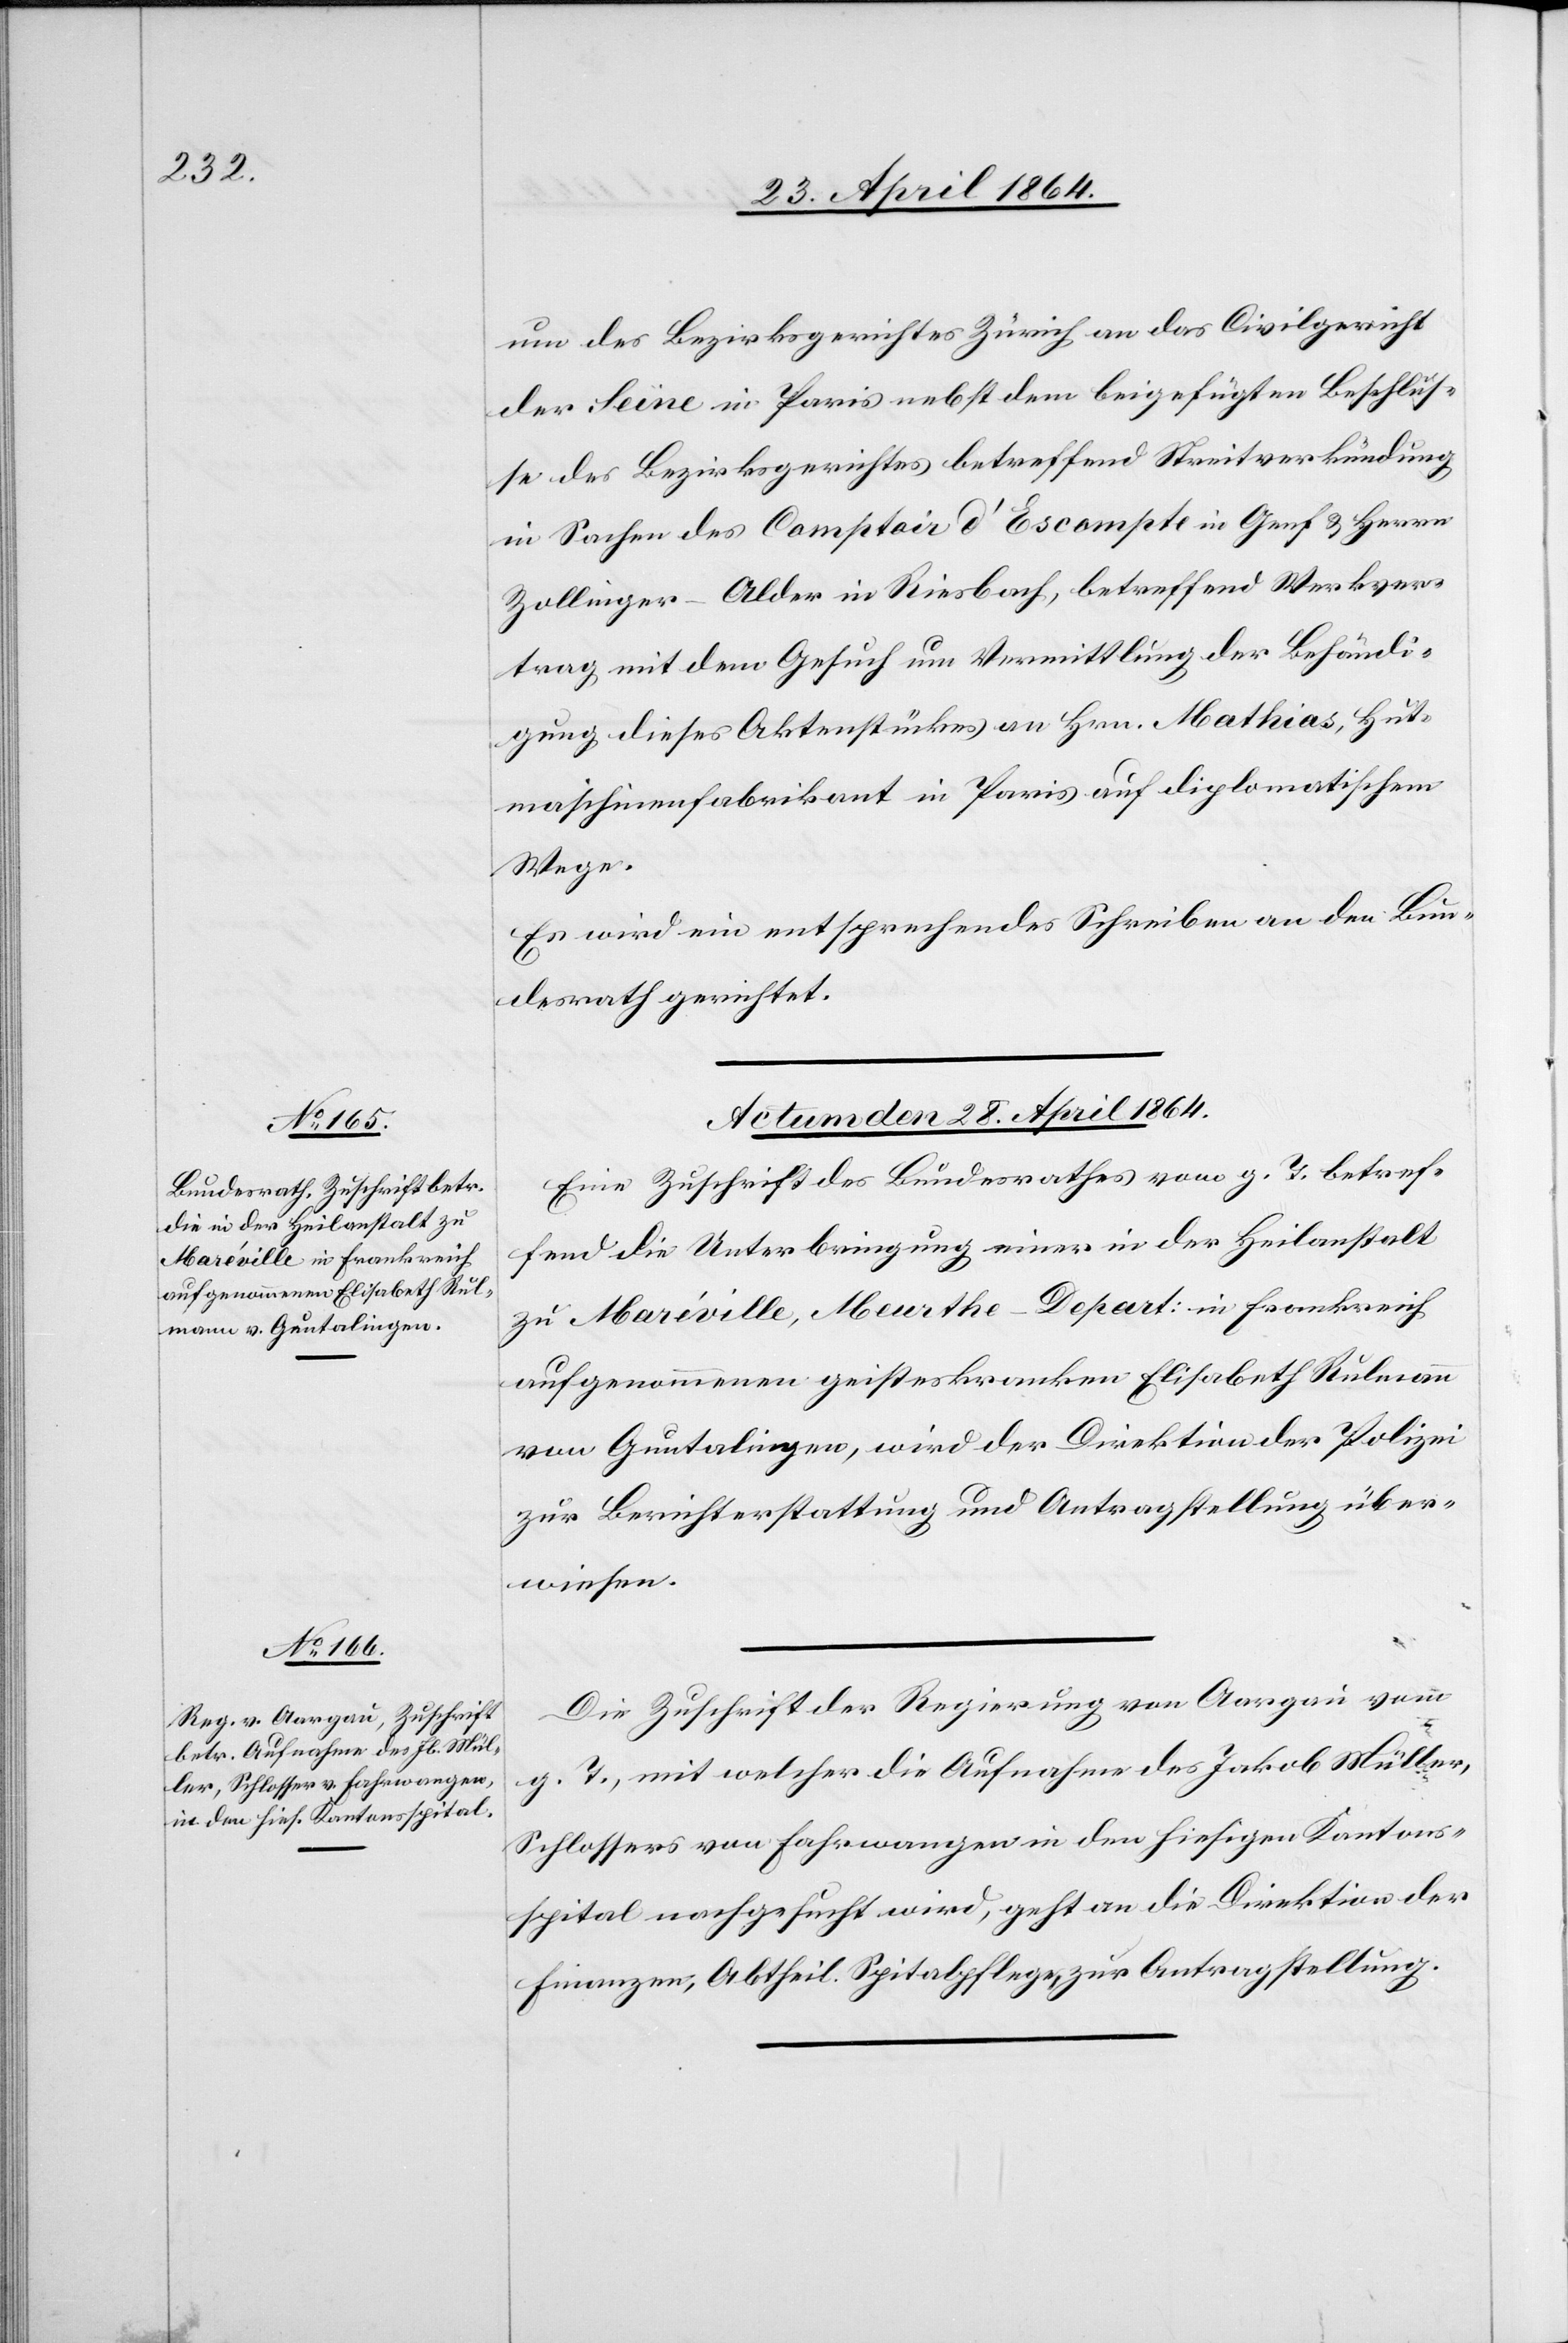
um des Bezirksgerichtes Zürich an das Civilgericht
der Seine in Paris nebst dem beigefügten Beschlus¬
se des Bezirksgerichtes betreffend Streitverkündung
in Sachen des Comptoir d’Escompte in Genf u. Herrn
Zollinger-Alder in Riesbach, betreffend Werkver¬
trag mit dem Gesuch um Vermittlung der Behändi¬
gung dieses Aktenstückes an Hrn. Mathias, Hut¬
maschinenfabrikant in Paris auf diplomatischem
Wege.
Es wird ein entsprechendes Schreiben an den Bun¬
desrath gerichtet.
Actum den 28. April 1864.]
Eine Zuschrift des Bundesrathes vom g. T. betref¬
fend die Unterbringung einer in der Heilanstalt
zu Maréville, Meurthe-Depart: in Frankreich
aufgenommenen geisteskranken Elisabeth Rulmann
von Guntalingen, wird der Direktion der Polizei
zur Berichterstattung und Antragstellung über¬
wiesen.
Die Zuschrift der Regierung von Aargau vom
g. T., mit welcher die Aufnahme des Jakob Müller,
Schlossers von Fahrwangen in den hiesigen Kantons¬
spital nachgesucht wird, geht an die Direktion der
Finanzen, Abtheil. Spitalpflege, zur Antragstellung.